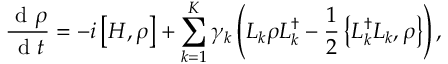
\frac { \mathrm { ~ d ~ } \rho } { \mathrm { ~ d ~ } t } = - i \left[ H , \rho \right] + \sum _ { k = 1 } ^ { K } \gamma _ { k } \left( L _ { k } \rho L _ { k } ^ { \dag } - \frac { 1 } { 2 } \left\{ L _ { k } ^ { \dag } L _ { k } , \rho \right\} \right) ,